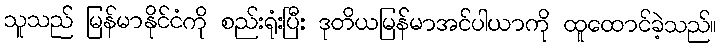
သူသည် မြန်မာနိုင်ငံကို စည်းရုံးပြီး ဒုတိယမြန်မာအင်ပါယာကို ထူထောင်ခဲ့သည်။